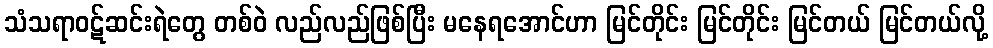
သံသရာဝဋ်ဆင်းရဲတွေ တစ်ဝဲ လည်လည်ဖြစ်ပြီး မနေရအောင်ဟာ မြင်တိုင်း မြင်တိုင်း မြင်တယ် မြင်တယ်လို့